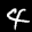
Label: 4